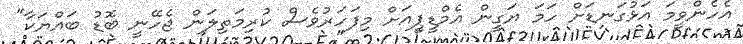
އެހެންވީމަ އަޅުގަނޑަށް ހަމަ ޔަގީން އެމްޑީޕީއަށް މިފަހަރުވެސް ކުރިމަތިލަން ޖެހޭނީ ބޮޑު ބައްޔަކާ"